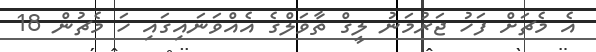
އެ މެޗަށް ފަހު ޖަރުމަނު ލީގް ތާވަލްގެ އެއްވަނައިގައި ހަ މެޗުން 18